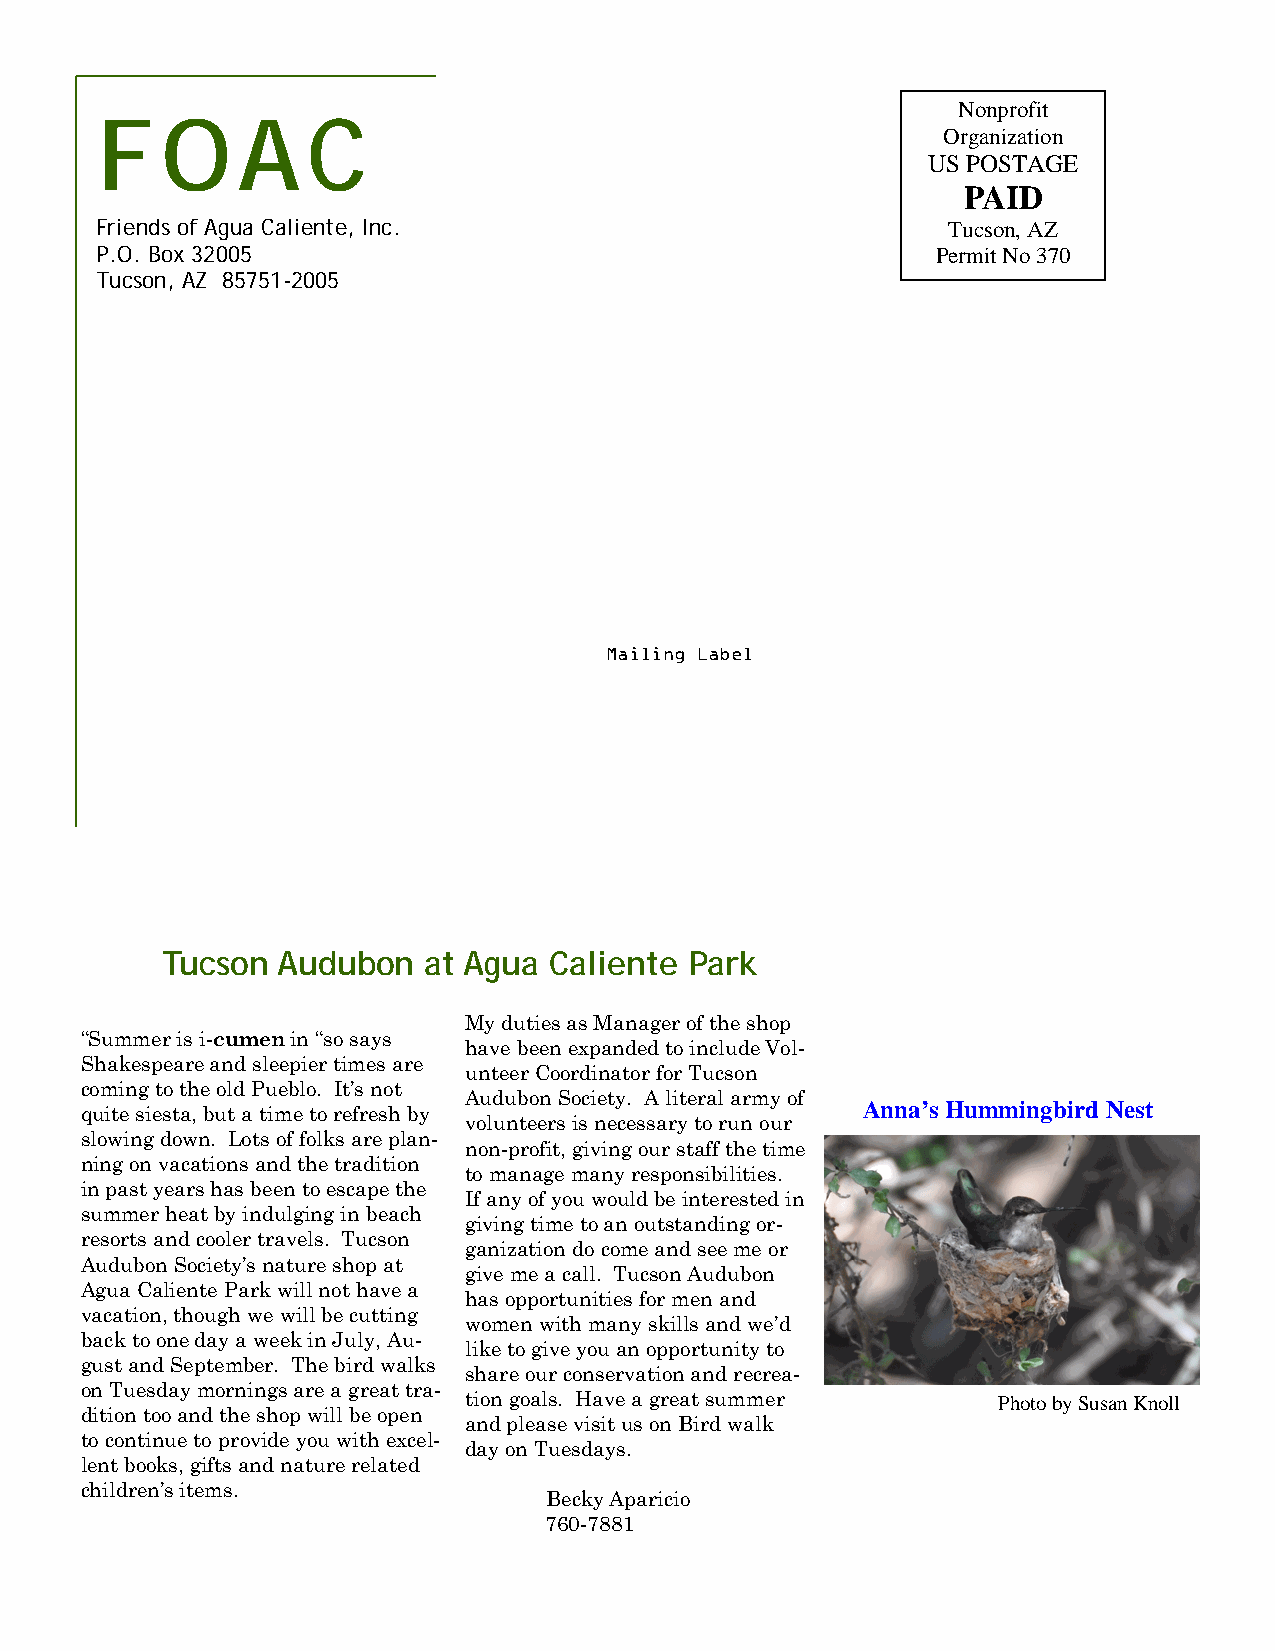
Nonprofit
 FOAC
 Organization
 US POSTAGE
 PAID
 Friends of Agua Caliente, Inc.                           Tucson, AZ
 P.O. Box 32005                                          Permit No 370
 Tucson, AZ 85751-2005
 Mailing Label
 Tucson Audubon   at Agua Caliente  Park
 My duties as Manager of the shop
 “Summer is i-cumen in “so says
 have been expanded to include Vol-
 Shakespeare and sleepier times are
 unteer Coordinator for Tucson
 coming to the old Pueblo. It’s not
 Audubon Society. A literal army of
 Anna’s Hummingbird Nest
 quite siesta, but a time to refresh by
 volunteers is necessary to run our
 slowing down. Lots of folks are plan-
 non-profit, giving our staff the time
 ning on vacations and the tradition
 to manage many responsibilities.
 in past years has been to escape the
 If any of you would be interested in
 summer heat by indulging in beach
 giving time to an outstanding or-
 resorts and cooler travels. Tucson
 ganization do come and see me or
 Audubon Society’s nature shop at
 give me a call. Tucson Audubon
 Agua Caliente Park will not have a
 has opportunities for men and
 vacation, though we will be cutting
 women with many skills and we’d
 back to one day a week in July, Au-
 like to give you an opportunity to
 gust and September. The bird walks
 share our conservation and recrea-
 on Tuesday mornings are a great tra-
 tion goals. Have a great summer    Photo by Susan Knoll
 dition too and the shop will be open
 and please visit us on Bird walk
 to continue to provide you with excel-
 day on Tuesdays.
 lent books, gifts and nature related
 children’s items.
 Becky Aparicio
 760-7881